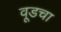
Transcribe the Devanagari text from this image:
वूडचा